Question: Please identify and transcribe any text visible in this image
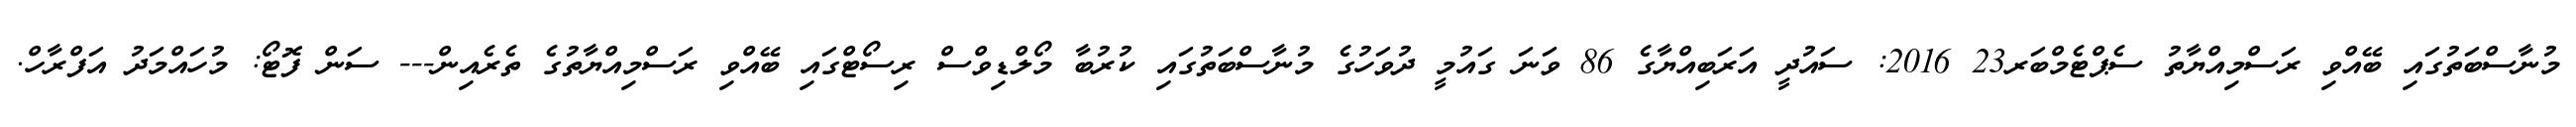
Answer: މުނާސްބަތުގައި ބޭއްވި ރަސްމިއްޔާތު ސެޕްޓެމްބަރ23 2016: ސައުދީ އަރަބިއްޔާގެ 86 ވަނަ ގައުމީ ދުވަހުގެ މުނާސްބަތުގައި ކުރުބާ މޯލްޑިވްސް ރިސޯޓްގައި ބޭއްވި ރަސްމިއްޔާތުގެ ތެރެއިން--- ސަން ފޮޓޯ: މުހައްމަދު އަފްރާހް.